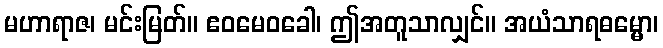
မဟာရာဇ၊ မင်းမြတ်။ ဧဝမေဝခေါ၊ ဤအတူသာလျှင်။ အယံသာရဓမ္မော၊